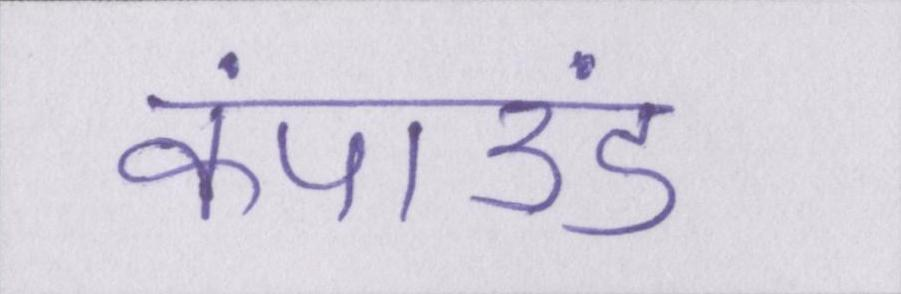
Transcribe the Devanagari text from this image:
कंपाउंड